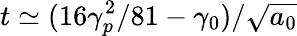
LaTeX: t\simeq(16\gamma_{p}^{2}/81-\gamma_{0})/\sqrt{a_{0}}